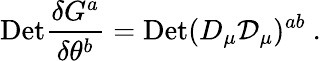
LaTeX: \mathrm{{Det}}{\frac{\delta G^{a}}{\delta\theta^{b}}}={\mathrm{Det}}(D_{\mu}{\cal D}_{\mu})^{ab}\ .